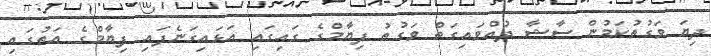
ދިޔަ ވަގުތުކަމުން ސާޝާ ދުއްވައިގަތް ވަގުތު ފިޔާމްގެ ގައިގައި އަޅައިގަނެފައި ފިޔާމްގެ އަތުގައި